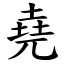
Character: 堯